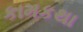
કામકથા